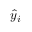
\hat { y } _ { i }